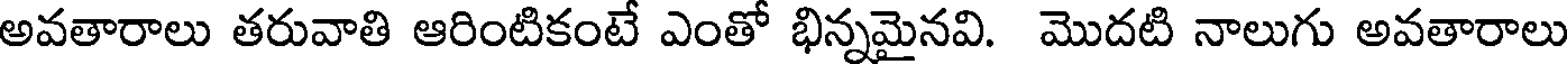
అవతారాలు తరువాతి ఆరింటికంటే ఎంతో భిన్నమైనవి. మొదటి నాలుగు అవతారాలు